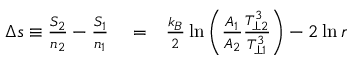
\begin{array} { r l r } { \Delta s \equiv \frac { S _ { 2 } } { n _ { 2 } } - \frac { S _ { 1 } } { n _ { 1 } } } & { { } = } & { \frac { k _ { B } } { 2 } \ln \left( \frac { A _ { 1 } } { A _ { 2 } } \frac { T _ { \perp 2 } ^ { 3 } } { T _ { \perp 1 } ^ { 3 } } \right) - 2 \ln r } \end{array}